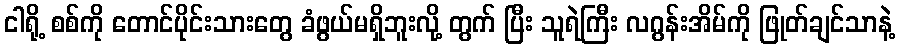
ငါရို့ စစ်ကို တောင်ပိုင်းသားတွေ ခံဖွယ်မရှိဘူးလို့ တွက် ပြီး သူရဲကြီး လဂွန်းအိမ်ကို ဖြုတ်ချင်သာနဲ့